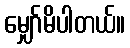
မျှော်မိပါတယ်။